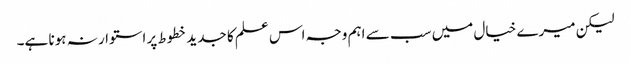
لیکن میرے خیال میں سب سے اہم وجہ اس علم کا جدید خطوط پر استوار نہ ہونا ہے۔